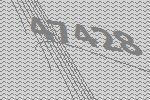
47428